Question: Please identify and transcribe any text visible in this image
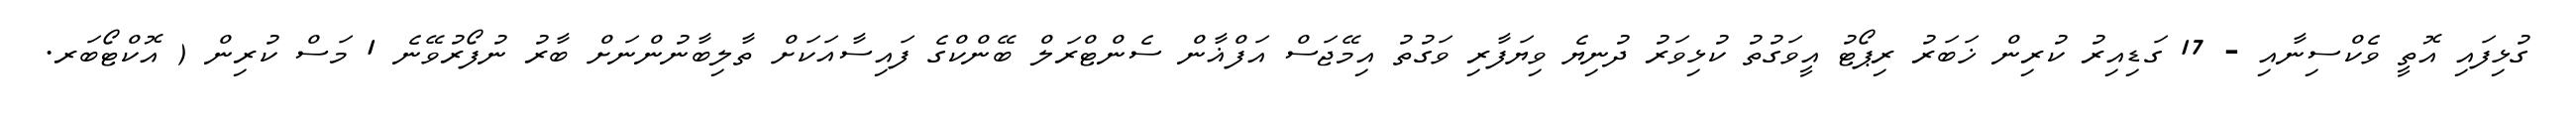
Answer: ގުޅިފައި އޮތީ ވެކްސިނާއި - 17 ގަޑިއިރު ކުރިން ޚަބަރު ރިޕޯޓު އީވަގުތު ކުޅިވަރު ދުނިޔެ ވިޔަފާރި ވަގުތު އިމޭޖަސް އަފްޣާން ސެންޓްރަލް ބޭންކްގެ ފައިސާއަކަށް ތާލިބާނުންނަށް ބާރު ނުފޯރުވޭނެ 1 މަސް ކުރިން ( އޮކްޓޯބަރ.